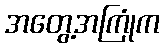
အတွေ့အကြုံက